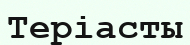
Теріасты